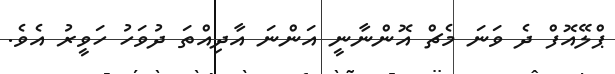
ޕްލޭއޮފް ދެ ވަނަ މެޗް އޮންނާނީ އަންނަ އާދިއްތަ ދުވަހު ހަވީރު އެވެ.